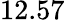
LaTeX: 12.57